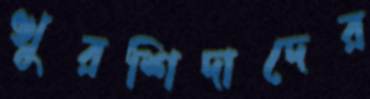
খুরশিদাদের